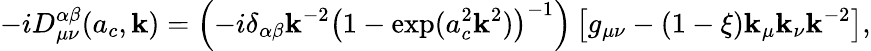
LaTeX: -iD_{\mu\nu}^{\alpha\beta}(a_{c},\mathbf{k})=\left(-i\delta_{\alpha\beta}\mathbf{k}^{-2}\left(1-\exp(a_{c}^{2}\mathbf{k}^{2})\right)^{-1}\right)\left[g_{\mu\nu}-(1-\xi)\mathbf{k}_{\mu}\mathbf{k}_{\nu}\mathbf{k}^{-2}\right],